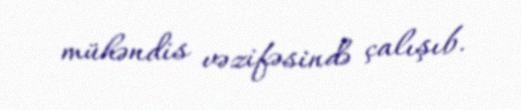
mühəndis vəzifəsində çalışıb.